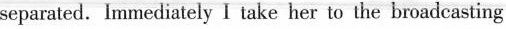
separated. Immediately I take her to the broadcasting